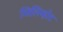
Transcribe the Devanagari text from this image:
मिलिव्होट